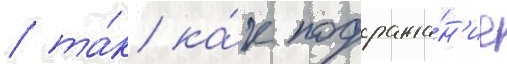
/ та́к ка́к подража́н'ие